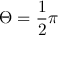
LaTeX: \Theta = { \frac { 1 } { 2 } } \pi